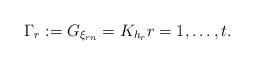
LaTeX: \begin{align*}\Gamma_r:=G_{\xi_{rn}}=K_{h_{r}}r=1,\ldots,t.\end{align*}